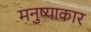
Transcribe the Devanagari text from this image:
मनुष्याकार